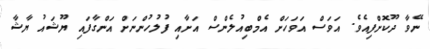
ނޭވާ ދޫކޮށްފިއެވެ. އަވަސް އަވަހަށް އެމްބިއުލެންސް އަށާއި ފުލުހުންނަށް އަންގާފައި ޔޫޝައު ޔާޝާ